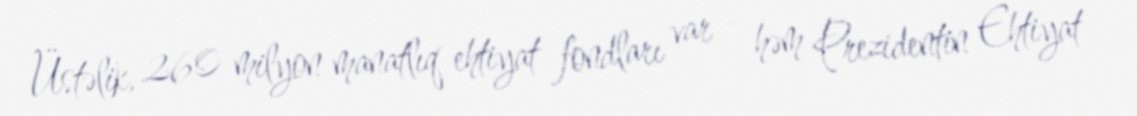
Üstəlik, 260 milyon manatlıq ehtiyat fondları var - həm Prezidentin Ehtiyat